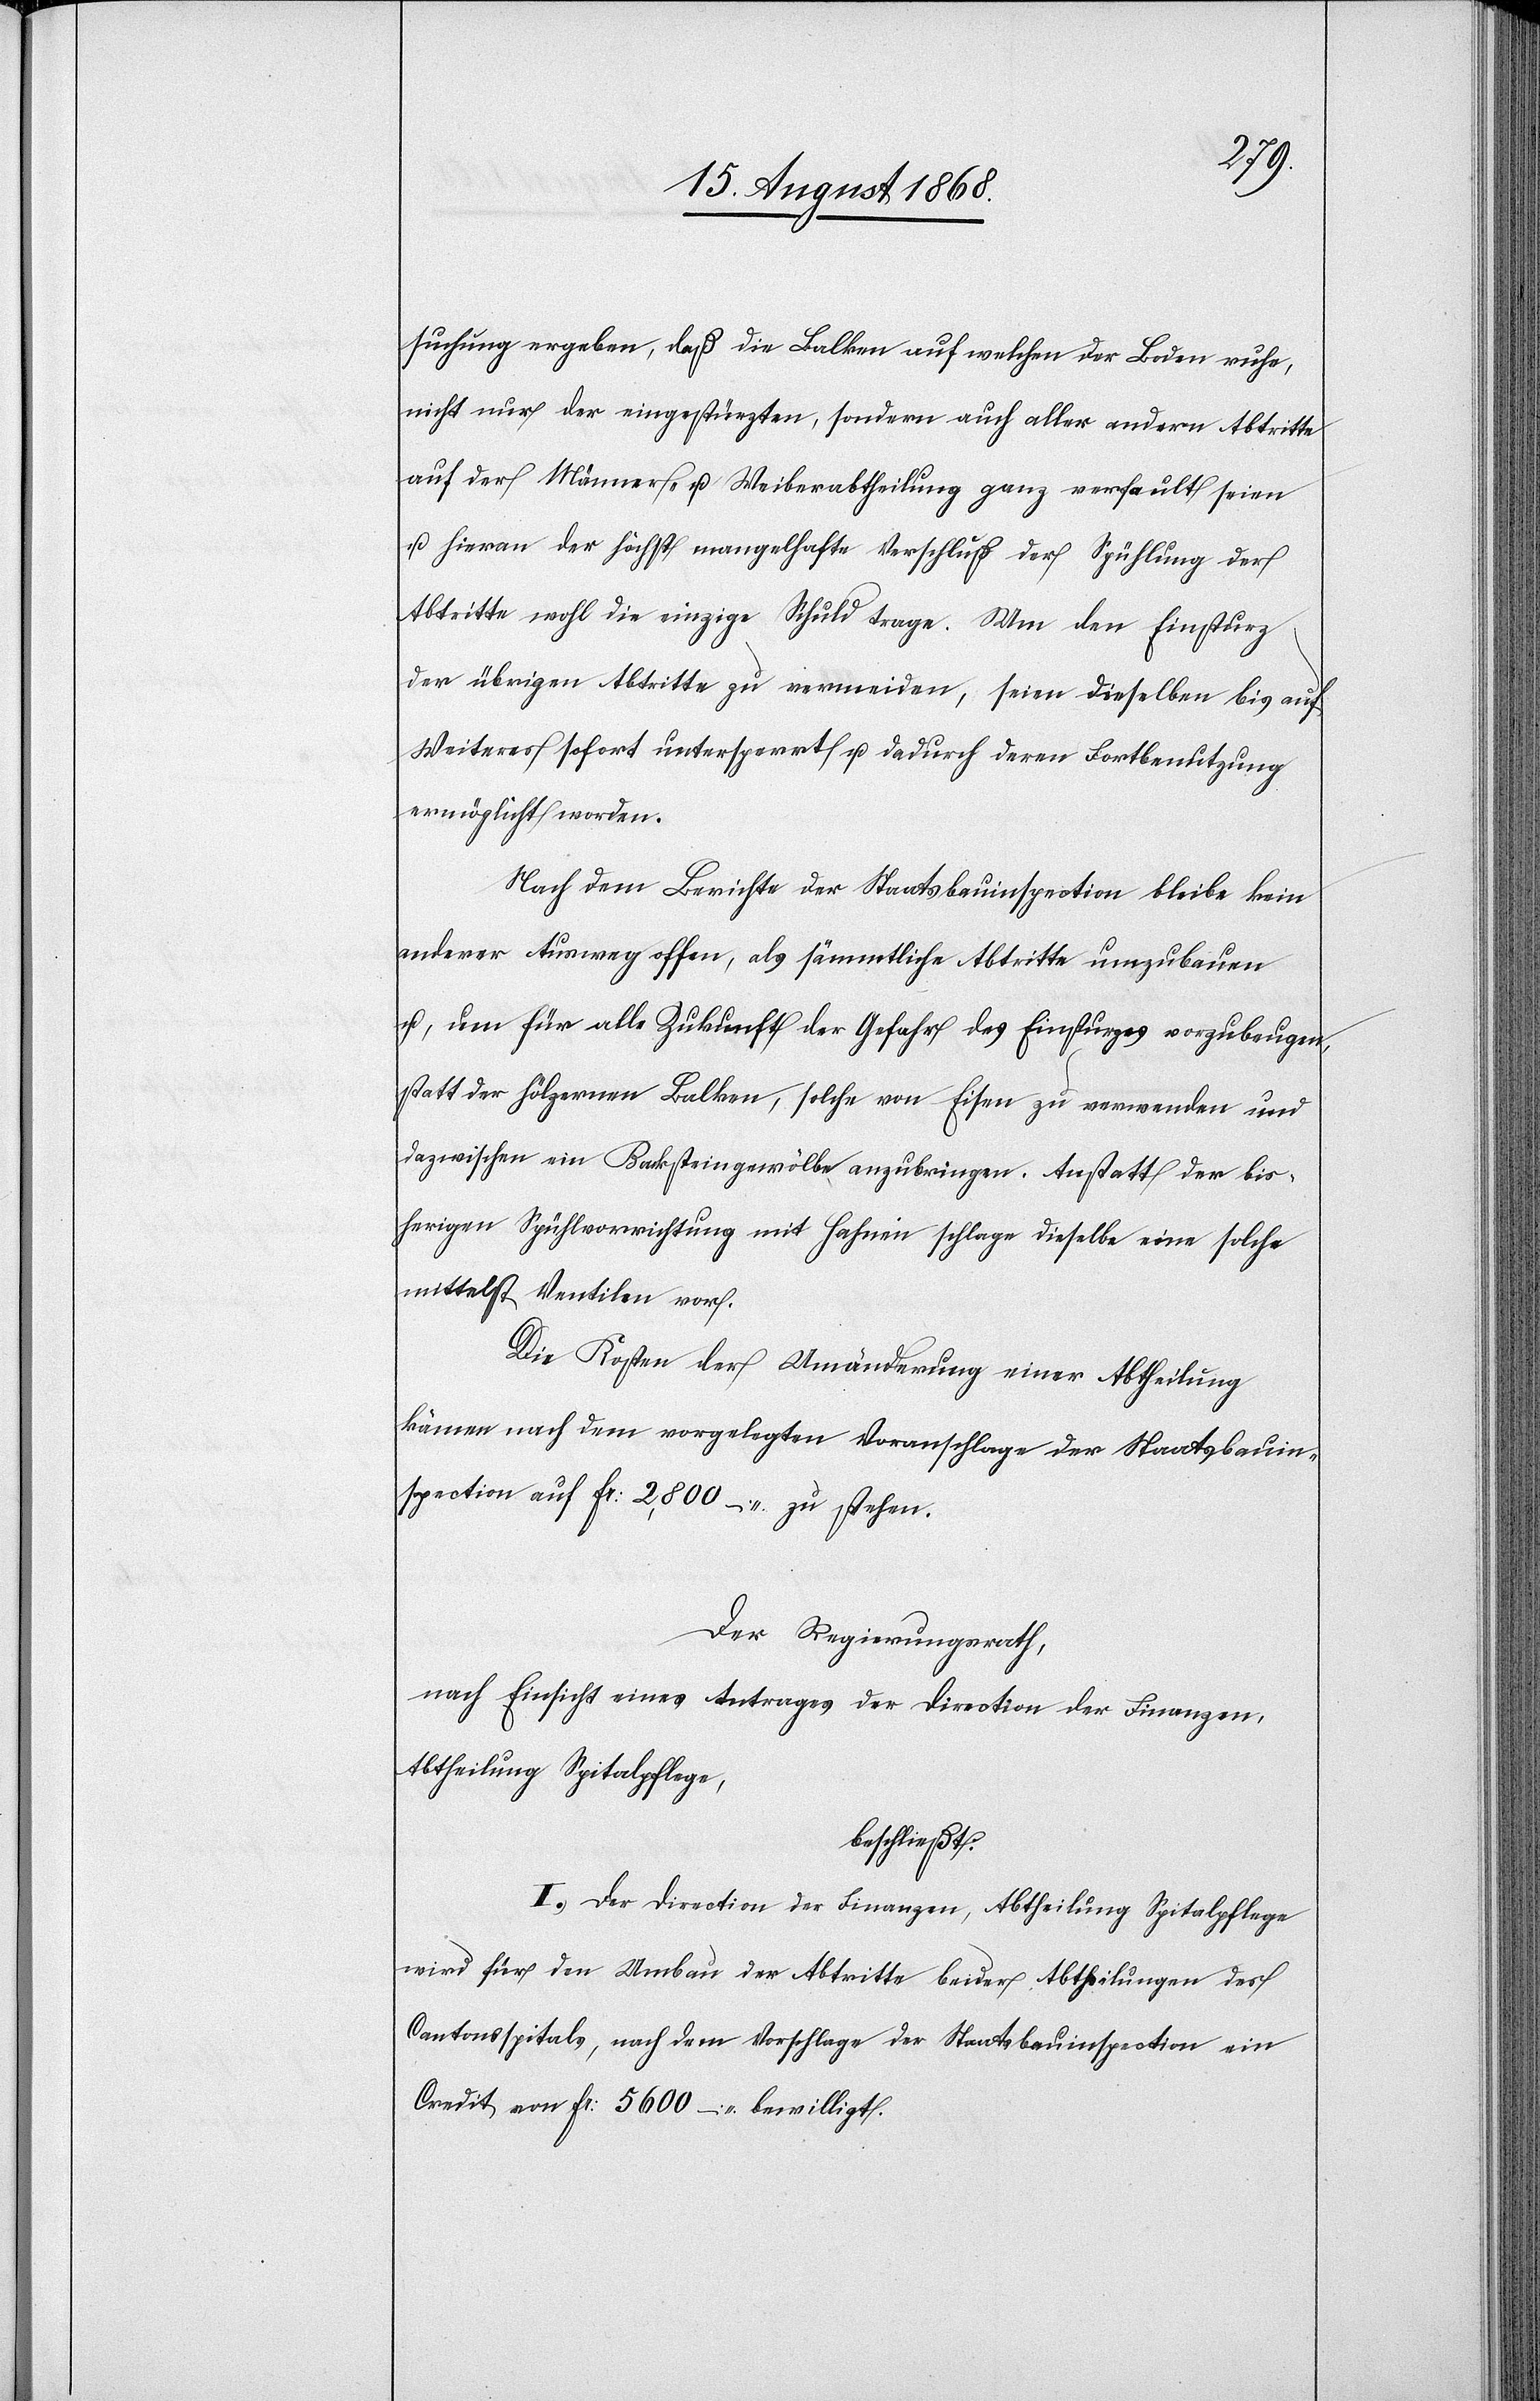
suchung ergeben, daß die Balken auf welchen der Boden ruhe,
nicht nur der eingestürzten, sondern auch aller andern Abtritte
auf der Männer- u. Weiberabtheilung ganz verfault seien
u. hieran der höchst mangelhafte Verschluß der Spühlung der
Abtritte wohl die einzige Schuld trage. Um den Einsturz
der übrigen Abtritte zu vermeiden, seien dieselben bis auf
Weiteres sofort untersperrt u. dadurch deren Fortbenutzung
ermöglicht worden.
Nach dem Berichte der Staatsbauinspection bleibe kein
anderer Ausweg offen, als sämmtliche Abtritte umzubauen
u., um für alle Zukunft der Gefahr des Einsturzes vorzubeugen,
statt der hölzernen Balken, solche von Eisen zu verwenden und
dazwischen ein Backsteingewölbe anzubringen. Anstatt der bis¬
herigen Spühlvorrichtung mit Hahnen schlage dieselbe eine solche
mittelst Ventilen vor.
Die Kosten der Umänderung einer Abtheilung
kämen nach dem vorgelegten Voranschlage der Staatsbauin¬
spection auf Fr: 2,800 – zu stehen.
Der Regierungsrath,
nach Einsicht eines Antrages der Direction der Finanzen,
Abtheilung Spitalpflege,
beschließt:
I.) Der Direction der Finanzen, Abtheilung Spitalpflege
wird für den Umbau der Abtritte beider Abtheilungen des
Cantonsspitals, nach dem Vorschlage der Staatsbauinspection ein
Credit von Fr: 5600 – bewilligt.